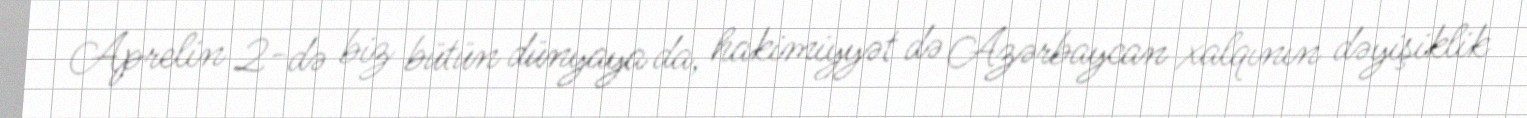
Aprelin 2-də biz bütün dünyaya da, hakimiyyət də Azərbaycan xalqının dəyişiklik